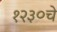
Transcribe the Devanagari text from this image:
१२३०चे